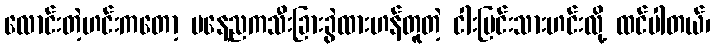
လောင်းတဲ့ဟင်းကတော့ မနေ့ညကသီးခြားခွဲထားဟန်တူတဲ့ ငါးမြင်းသားဟင်းလို့ ထင်ပါတယ်၊